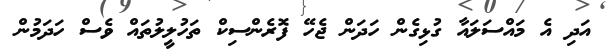
އަދި އެ މައްސަލައާ ގުޅިގެން ހަދަން ޖެހޭ ފޮރެންސިކް ތަހުލީލުތައް ވެސް ހަދަމުން